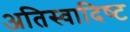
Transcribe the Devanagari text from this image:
अतिस्‍वादिष्‍ट